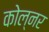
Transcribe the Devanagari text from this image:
कोल्नर